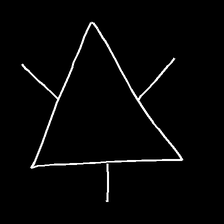
Glyph: fire